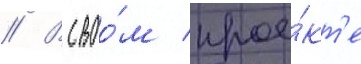
// В своо́м прое́кт'е